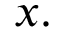
x .